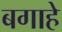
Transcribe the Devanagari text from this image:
बगाहे